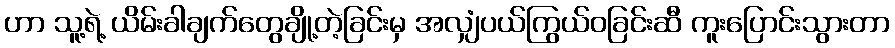
ဟာ သူ့ရဲ့ ယိမ်းခါချက်တွေချို့တဲ့ခြင်းမှ အလျှံပယ်ကြွယ်ဝခြင်းဆီ ကူးပြောင်းသွားတာ